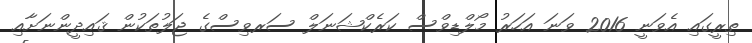
ތިރީގައި އެވަނީ 2016 ވަނަ އަހަރު މޯލްޑިވްސް ކަރެކްޝަނަލް ސަރވިސްގެ ޖަލުތަކުން ޤައިދީންނަށާއި